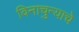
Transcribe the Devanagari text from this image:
विनाचुन्याचे